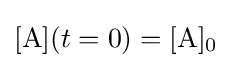
[\mathrm {A} ](t=0)=[\mathrm {A} ]_{0}